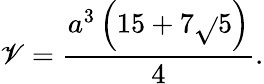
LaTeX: \mathscr{V}={\frac{{a^{3}\left(15+7{\sqrt{}{{5}}}\right)}}{{4}}}.